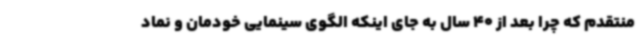
منتقدم که چرا بعد از 40 سال به جای اینکه الگوی سینمایی خودمان و نماد